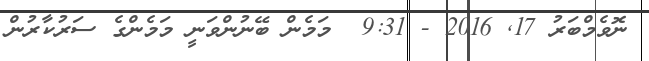
ނޮވެމްބަރު 17